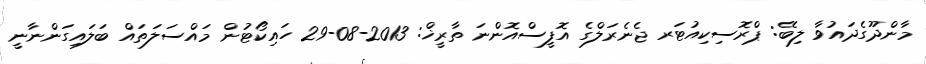
މާންދޫގެދައުވާ ލިބޭ: ޕްރޮސިކިއުޓަރ ޖެނެރަލްގެ އޮފީސްއޮންނަ ތާރީޚް: 2013-08-29 ހައިކޯޓުން މައްސަލަތައް ބަލައިގަންނާނީ